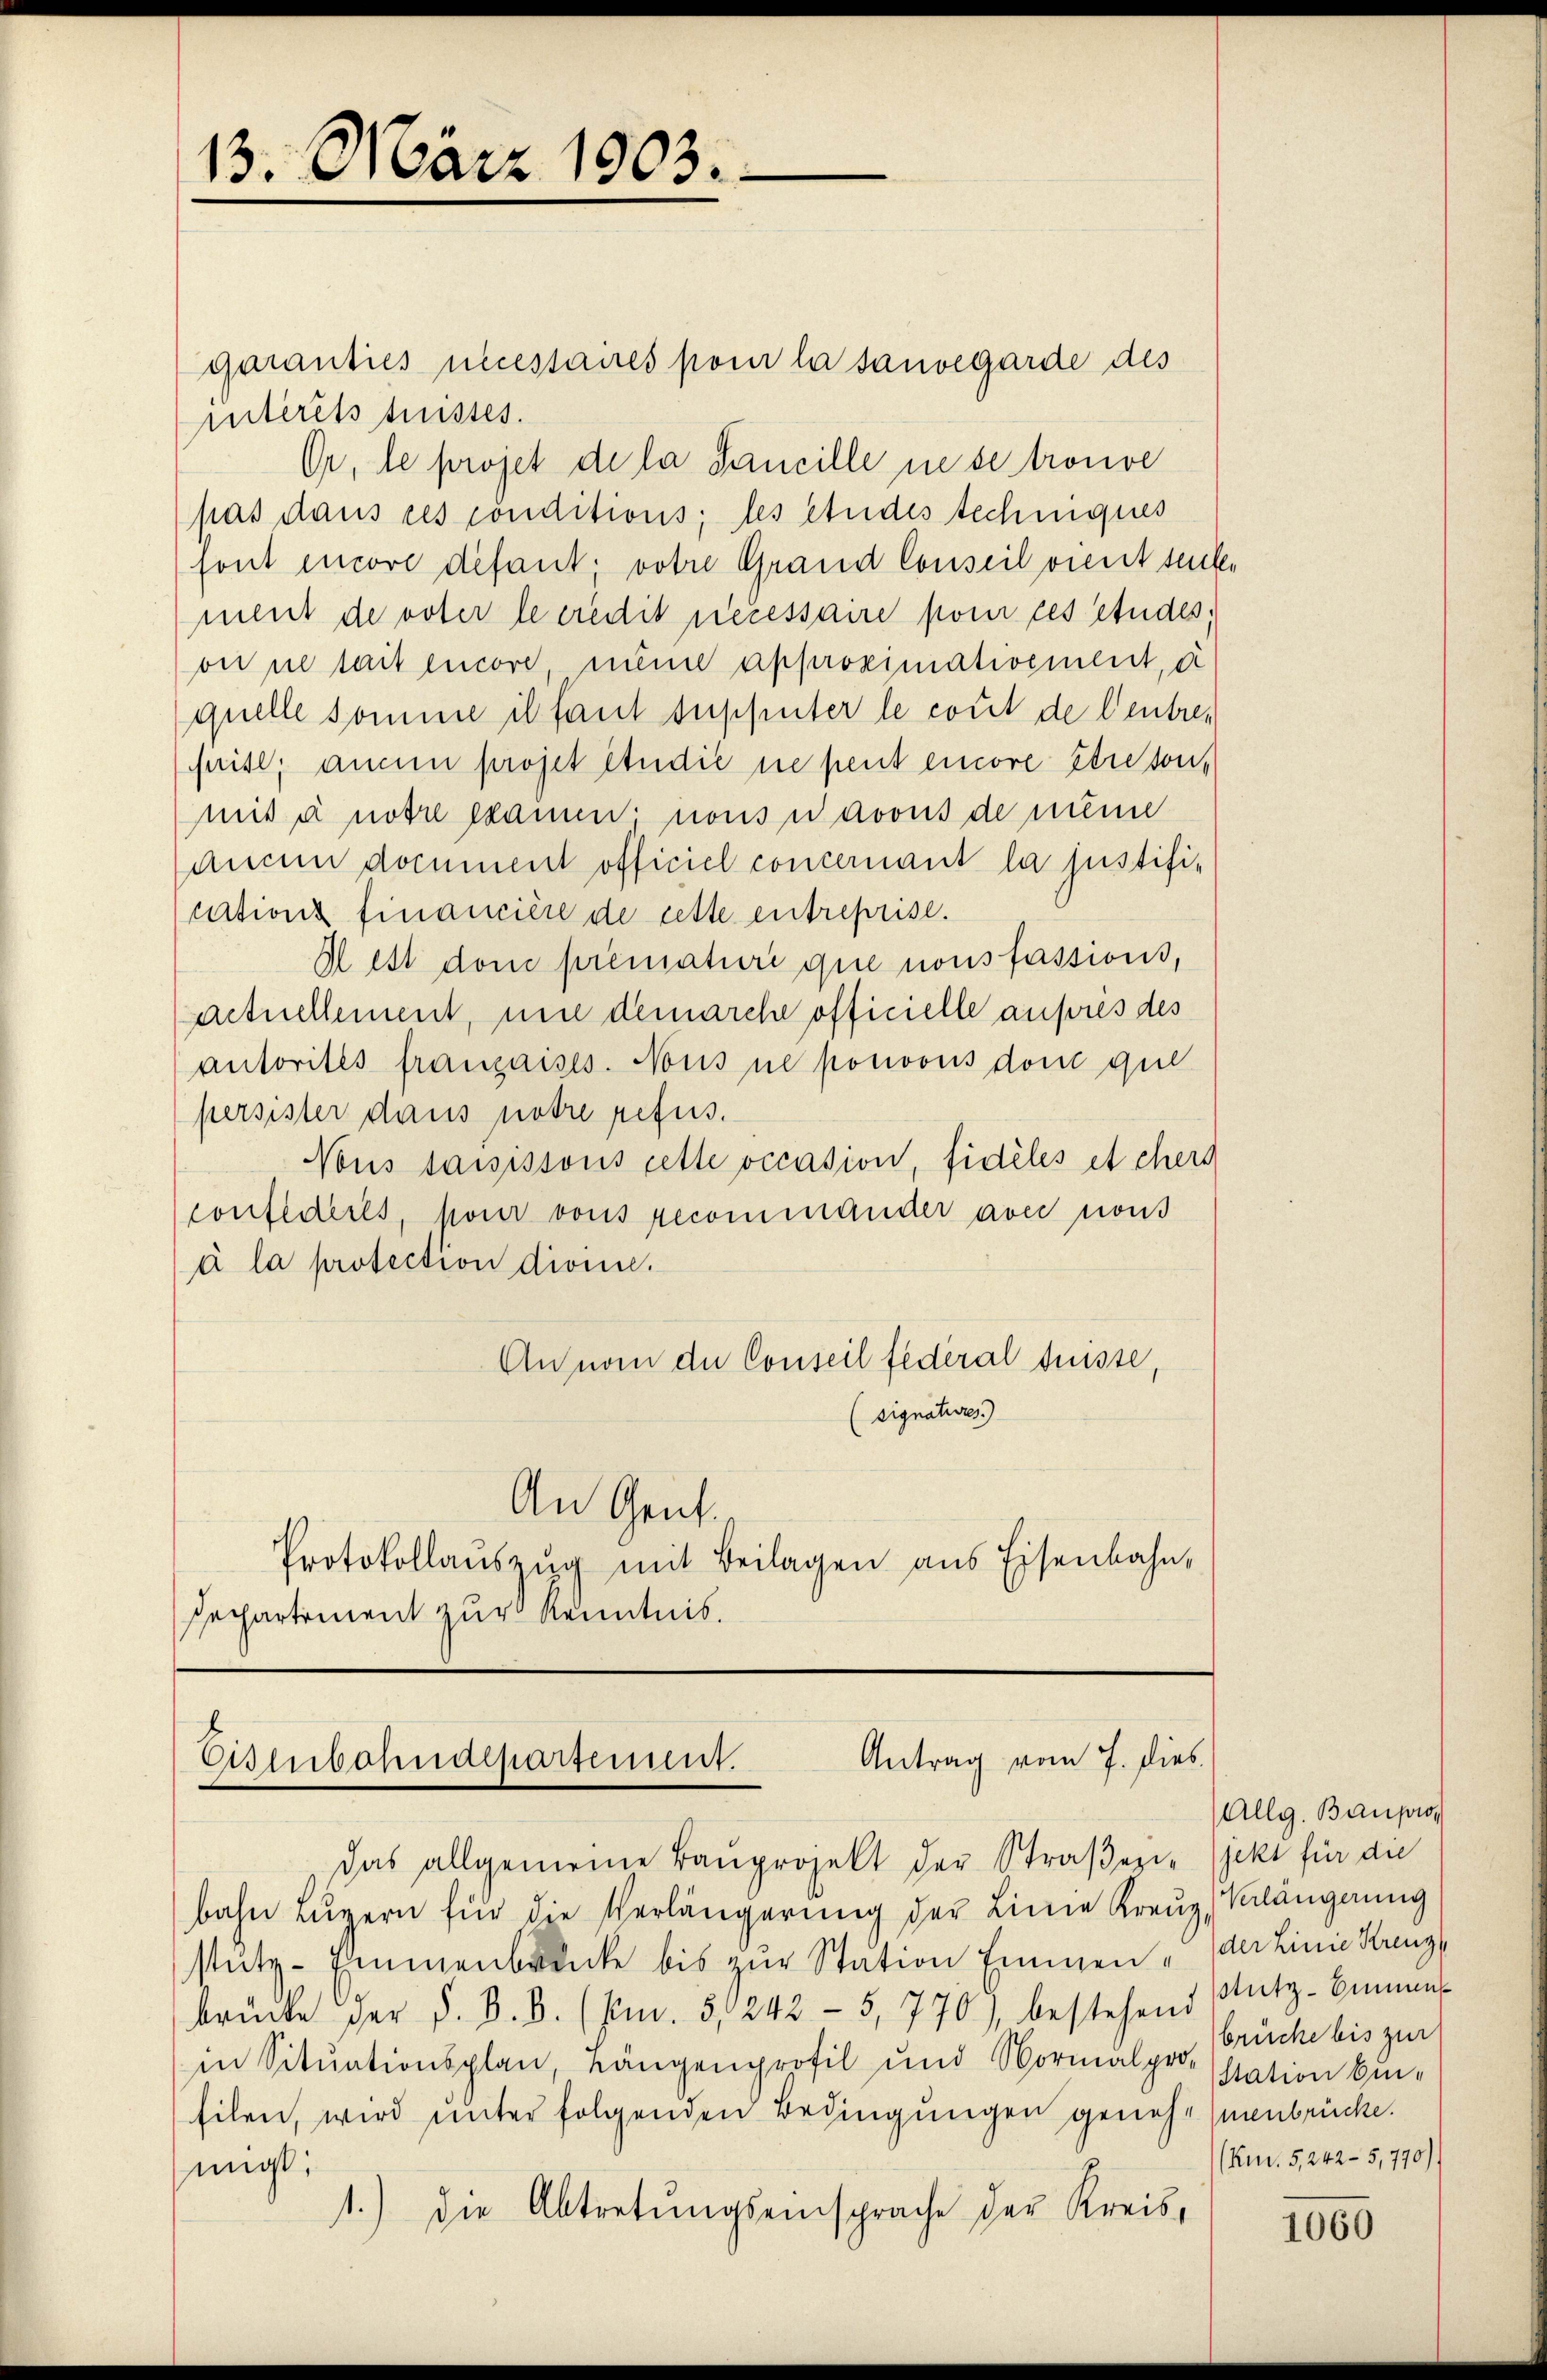
13. März 1903.

garanties necessaires pour la sauvegarde des
interits fuisses.
Or, le projet de la Sancille ne se trouve
pas dans ces conditions; les studes techniques
font encore défaut. votire Grand Conseil vient seuler
ment de voter le credit necessaire pour ces études.
on ne sait encore meine approximativement, d
quelle somme il faut supputer le cout de Centre-
frist; ande projet etudić nie peut encore être sonmis à notre examen; nous avous de nume
aucun document officiel concernant la justifications financière de cette entreprise.
Il est done primature que nous fassions,
actuellement, nie demarche officielle aufsres des
autorités franzaises. Nous ne ponoons don que
persister dans notre refus.
Nous saisissous cette occasion, fidèles et ehers
confederes, pour vons recommander avec nous
à la protection dionie.
Annom die Conseil federal Suisse,
(signatures)
An Grüt
Protokollaŭszŭg mit Beilagen aus Eisenbahn,
Pechartement zur Kenntnis.

Antrag vom 7. dies
Eisenbahndepartement.

das allgemeine Baŭprojekt der Straβezi- (jekt für die
bahn Lŭzern für die Verlängerŭng der Linie Kreŭz, Verlängerung
stütz-Emmenbrunke bis zur Station Emmen - der Linie Krenz
brücke der d. B. b. (pm. 5, 242 - 5,770), bestehend Antz-Bimen-
in Sitŭationsplan, Längenprofil und Normalprostation bin-
Eilen, wird unter folgenden Bedingungen genehmenbrücke.
migt:
1.) die Abtretŭngseinsprache der Kreis¬

Allg. Bauprobrüche bis zur
(Km. 5, 242 - 5,770)

1060